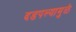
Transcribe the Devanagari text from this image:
दडपल्यामुळे